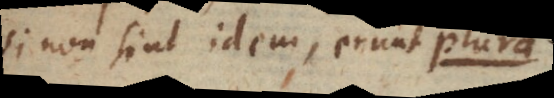
si non sint idem, erunt p